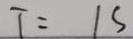
T = 1 s